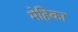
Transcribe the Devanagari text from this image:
मेहिका